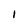
Character: I